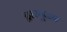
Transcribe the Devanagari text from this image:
द्वारपूजन